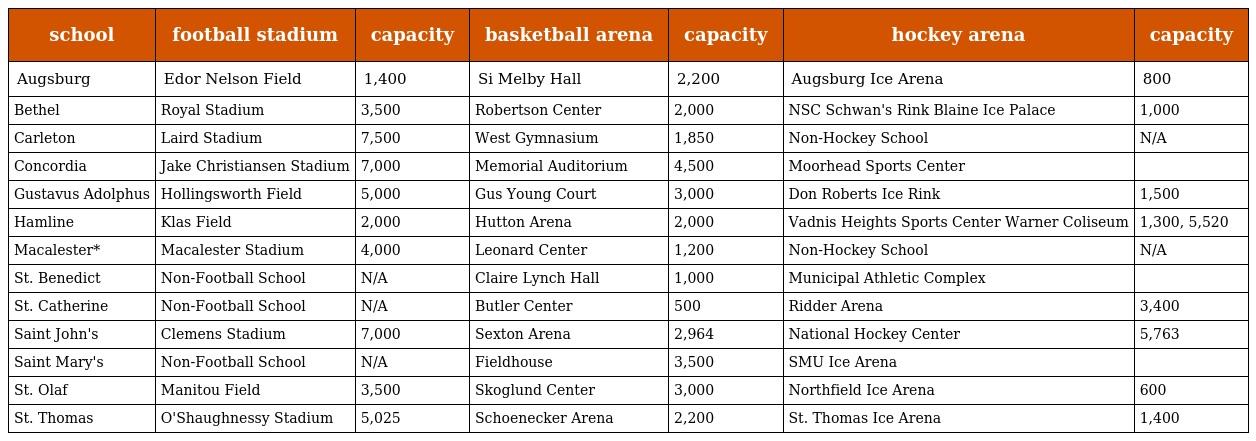
| school | football stadium | capacity | basketball arena | capacity | hockey arena | capacity |
 | --- | --- | --- | --- | --- | --- | --- |
 | Augsburg | Edor Nelson Field | 1,400 | Si Melby Hall | 2,200 | Augsburg Ice Arena | 800 |
 | Bethel | Royal Stadium | 3,500 | Robertson Center | 2,000 | NSC Schwan's Rink Blaine Ice Palace | 1,000 |
 | Carleton | Laird Stadium | 7,500 | West Gymnasium | 1,850 | Non-Hockey School | N/A |
 | Concordia | Jake Christiansen Stadium | 7,000 | Memorial Auditorium | 4,500 | Moorhead Sports Center |  |
 | Gustavus Adolphus | Hollingsworth Field | 5,000 | Gus Young Court | 3,000 | Don Roberts Ice Rink | 1,500 |
 | Hamline | Klas Field | 2,000 | Hutton Arena | 2,000 | Vadnis Heights Sports Center Warner Coliseum | 1,300, 5,520 |
 | Macalester* | Macalester Stadium | 4,000 | Leonard Center | 1,200 | Non-Hockey School | N/A |
 | St. Benedict | Non-Football School | N/A | Claire Lynch Hall | 1,000 | Municipal Athletic Complex |  |
 | St. Catherine | Non-Football School | N/A | Butler Center | 500 | Ridder Arena | 3,400 |
 | Saint John's | Clemens Stadium | 7,000 | Sexton Arena | 2,964 | National Hockey Center | 5,763 |
 | Saint Mary's | Non-Football School | N/A | Fieldhouse | 3,500 | SMU Ice Arena |  |
 | St. Olaf | Manitou Field | 3,500 | Skoglund Center | 3,000 | Northfield Ice Arena | 600 |
 | St. Thomas | O'Shaughnessy Stadium | 5,025 | Schoenecker Arena | 2,200 | St. Thomas Ice Arena | 1,400 |